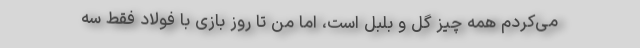
می‌کردم همه چیز گل و بلبل است، اما من تا روز بازی با فولاد فقط سه